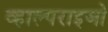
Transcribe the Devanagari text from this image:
व्हाल्पराइजो